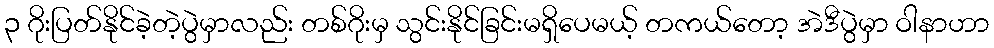
၃ ဂိုးပြတ်နိုင်ခဲ့တဲ့ပွဲမှာလည်း တစ်ဂိုးမှ သွင်းနိုင်ခြင်းမရှိပေမယ့် တကယ်တော့ အဲဒီပွဲမှာ ဝါနာဟာ